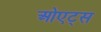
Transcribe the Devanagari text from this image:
ओएट्स